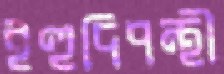
ইহুদিপন্থী